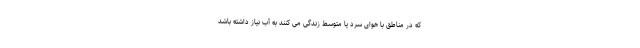
که در مناطق با هوای سرد یا متوسط زندگی می کنند به آب نیاز داشته باشد